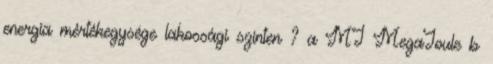
energia mértékegysége lakossági szinten ? a MJ MegaJoule b